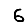
Digit: 6